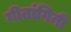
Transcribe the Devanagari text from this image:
गीतांगिनी